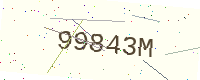
Text: 99843M